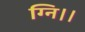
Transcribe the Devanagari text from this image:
ग्नि।।